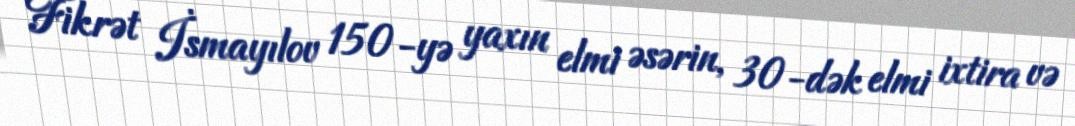
Fikrət İsmayılov 150-yə yaxın elmi əsərin, 30-dək elmi ixtira və